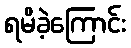
ရမိခဲ့ကြောင်း